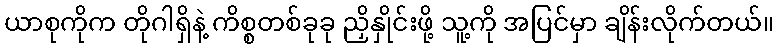
ယာစုကိုက တိုဂါရှိနဲ့ ကိစ္စတစ်ခုခု ညှိနှိုင်းဖို့ သူ့ကို အပြင်မှာ ချိန်းလိုက်တယ်။